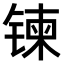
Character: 𫔀